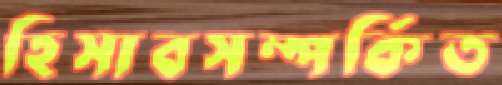
হিসাবসম্পর্কিত